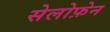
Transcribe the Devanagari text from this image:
सेलोफ़ेन